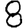
Digit: 8